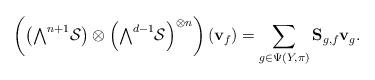
LaTeX: \begin{align*} \left(\left(\textstyle{\bigwedge}^{n+1}\mathcal{S}\right)\otimes \left(\textstyle{\bigwedge}^{d-1}\mathcal{S}\right)^{\otimes n}\right)(\mathbf{v}_f) = \sum_{g\in\Psi(Y,\pi)}\mathbf{S}_{g,f}\mathbf{v}_g.\end{align*}